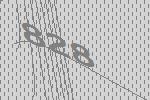
828